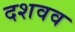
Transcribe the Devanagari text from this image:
दशवव